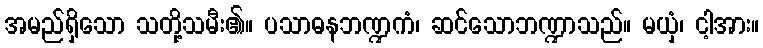
အမည်ရှိသော သတို့သမီး၏။ ပသာဓနဘဏ္ဍကံ၊ ဆင်သောဘဏ္ဍာသည်။ မယှံ၊ ငါ့အား။